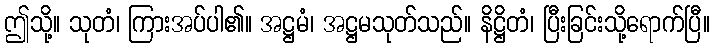
ဤသို့။ သုတံ၊ ကြားအပ်ပါ၏။ အဋ္ဌမံ၊ အဋ္ဌမသုတ်သည်။ နိဋ္ဌိတံ၊ ပြီးခြင်းသို့ရောက်ပြီ။